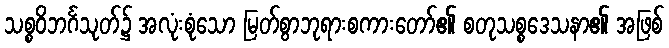
သစ္စဝိဘင်္ဂသုတ်၌ အလုံးစုံသော မြတ်စွာဘုရားစကားတော်၏ စတုသစ္စဒေသနာ၏ အဖြစ်